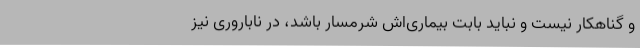
و گناهکار نیست و نباید بابت بیماری‌اش شرمسار باشد، در ناباروری نیز